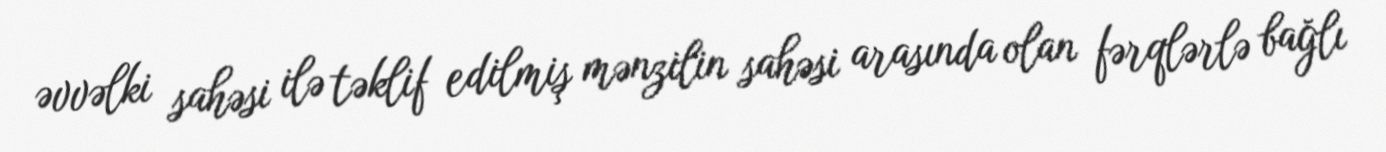
əvvəlki sahəsi ilə təklif edilmiş mənzilin sahəsi arasında olan fərqlərlə bağlı